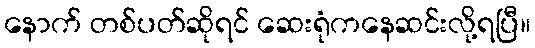
နောက် တစ်ပတ်ဆိုရင် ဆေးရုံကနေဆင်းလို့ရပြီ။